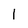
Character: 1